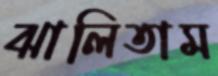
ঝালিতাম